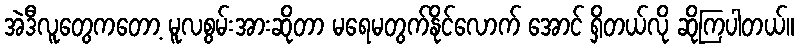
အဲဒီလူတွေကတော့ မူလစွမ်းအားဆိုတာ မရေမတွက်နိုင်လောက် အောင် ရှိတယ်လို ဆိုကြပါတယ်။